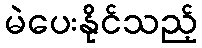
မဲပေးနိုင်သည့်